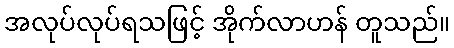
အလုပ်လုပ်ရသဖြင့် အိုက်လာဟန် တူသည်။